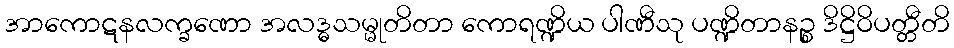
အာကောဋနလက္ခဏော အလဒ္ဓသမ္မုတိတာ ကောရဏ္ဍိယ ပါဏီသု ပဏ္ဍိတာနဉ္စ ဒိဋ္ဌိဝိပတ္တီတိ